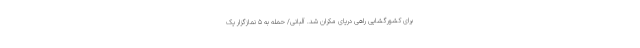
برای کشورگشایی راهی دریای مکران شد. آلبانی/ حمله به ۵ نمازگزار یک